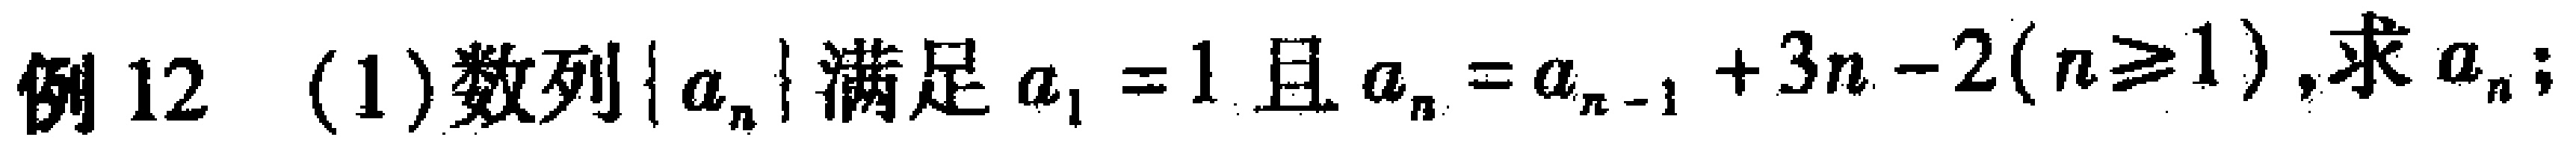
例12 (1)数列\(\{ a_{n}\}\)满足\(a_{1}=1\)且\(a_{n}=a_{n - 1}+3n - 2(n\geq1)\),求\(a_{n}\);